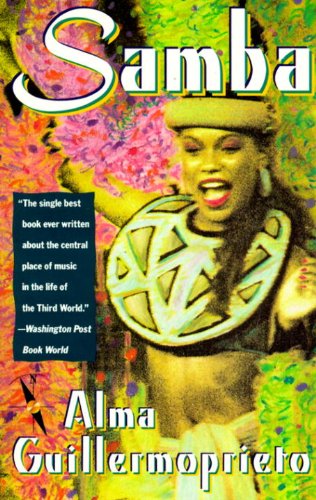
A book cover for Samba; Alma Guillermoprieto; Travel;